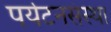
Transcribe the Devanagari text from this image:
पर्यटनसंस्था